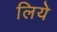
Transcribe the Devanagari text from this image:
लियेे